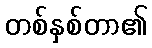
တစ်နှစ်တာ၏